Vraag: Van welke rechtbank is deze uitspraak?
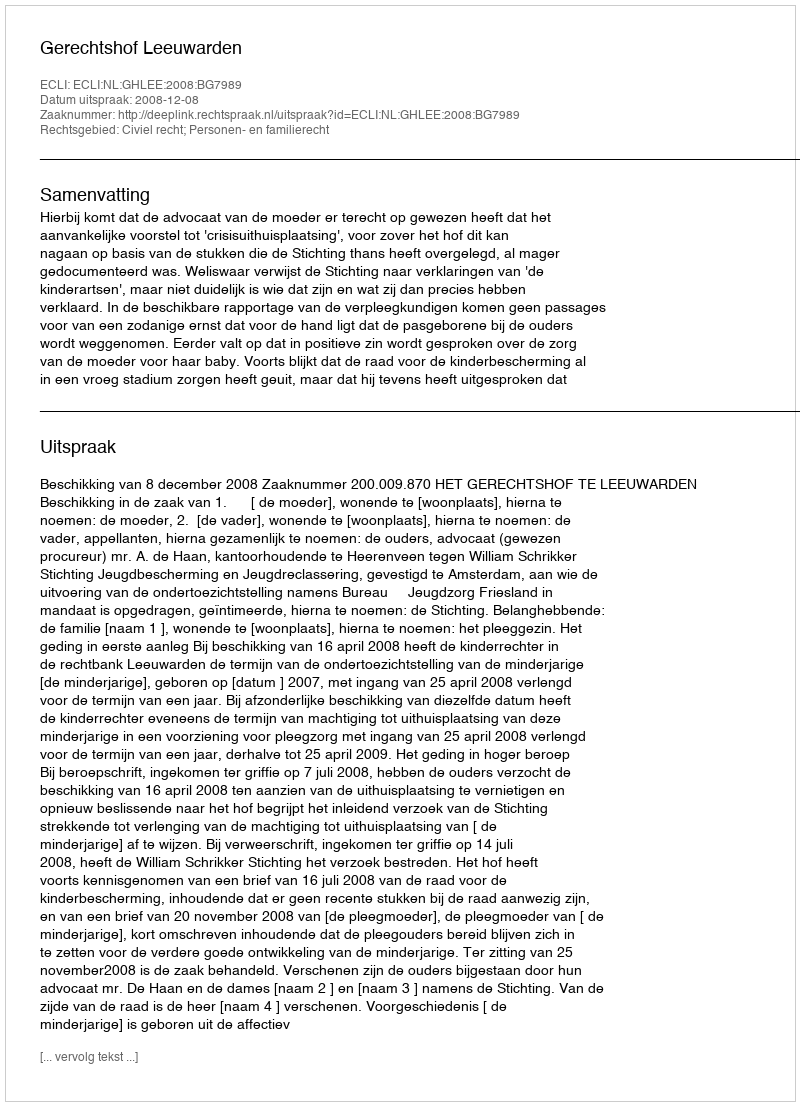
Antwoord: Gerechtshof Leeuwarden